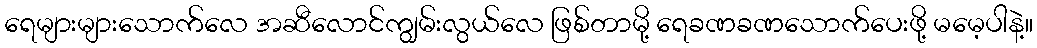
ရေများများသောက်လေ အဆီလောင်ကျွမ်းလွယ်လေ ဖြစ်တာမို့ ရေခဏခဏသောက်ပေးဖို့ မမေ့ပါနဲ့။